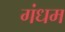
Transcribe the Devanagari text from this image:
गंधम